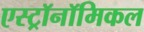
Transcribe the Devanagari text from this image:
एस्ट्रॉनॉमिकल